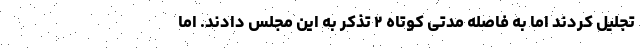
تجلیل کردند اما به فاصله مدتی کوتاه ۲ تذکر به این مجلس دادند. اما